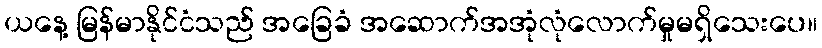
ယနေ့ မြန်မာနိုင်ငံသည် အခြေခံ အဆောက်အအုံလုံလောက်မှုမရှိသေးပေ။